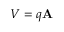
V = q \mathbf { A }